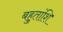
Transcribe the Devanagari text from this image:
बहुतांशि